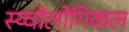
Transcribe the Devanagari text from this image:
स्य्चोलोगिकल